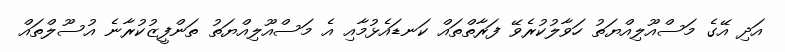
އަދި އޭގެ މަސްއޫލިއްޔަތު ހަވާލުކުރެވޭ ފަރާތްތައް ކަނޑައެޅުމާއި އެ މަސްއޫލިއްޔަތު ތަންފީޒުކުރާނެ އުސޫލްތައް